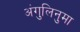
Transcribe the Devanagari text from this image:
अंगुलिनुमा